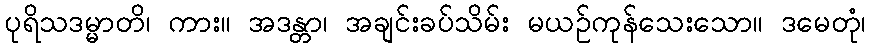
ပုရိသဒမ္မာတိ၊ ကား။ အဒန္တာ၊ အချင်းခပ်သိမ်း မယဉ်ကုန်သေးသော။ ဒမေတုံ၊